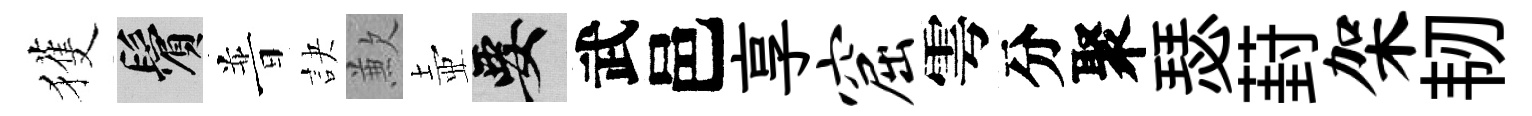
獲鬢普訣歉壺要武邑享窟雩分聚瑟葑架韧